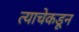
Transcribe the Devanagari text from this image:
त्याचेकडून